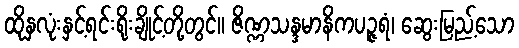
ထိုနှလုံးနှင့်ရင်းရိုးချိုင့်တို့တွင်။ ဇိဏ္ဏသန္ဒမာနိကပဉ္ဇရံ၊ ဆွေးမြည့်သော